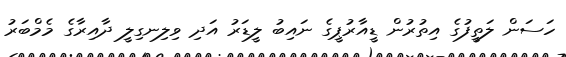
ހަސަން ލަތީފުގެ އިތުރުން ޑީއާރުޕީގެ ނައިބު ލީޑަރު އަދި ވިލިނގިލީ ދާއިރާގެ މެމްބަރު